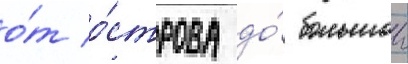
о́т о́строва до́ большои